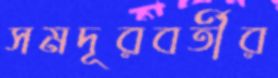
সমদূরবর্তীর